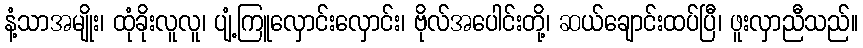
နံ့သာအမျိုး၊ ထုံခိုးလူလူ၊ ပျံ့ကြူလှောင်းလှောင်း၊ ဗိုလ်အပေါင်းတို့၊ ဆယ်ချောင်းထပ်ပြီ၊ ဖူးလှာညီသည်။